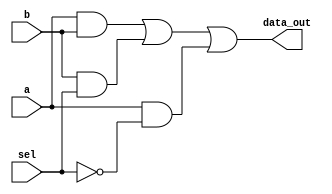
/**
  * Mux 2x1 routes 1 bit
  *
  * Output Ports: 
  * 	-data_out: 1 bit 
  *
  * Input ports: 
  * 	-a: 1 bit to be routed according to sel
  *		-b: 1 bit to be routed according to sel
  *		-sel: 1 bit signal to chose between a or b (0 selects a, 1 selects b)
  *
  */

module Mux2way1(data_out, a, b, sel);

	output data_out; 
	input wire a, b, sel;
	wire not_sel, w1, w2, w3, w4; // w1 = a.b; w2 = b.sel; w3 = a.not_sel; w4 = w1 + w2

	not(not_sel, sel);
	and(w1, a, b);
	and(w2, b, sel);
	and(w3, a, not_sel);
	or(w4, w1, w2);
	or(data_out, w4, w3);

endmodule